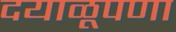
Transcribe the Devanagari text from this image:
दयाळूपणा